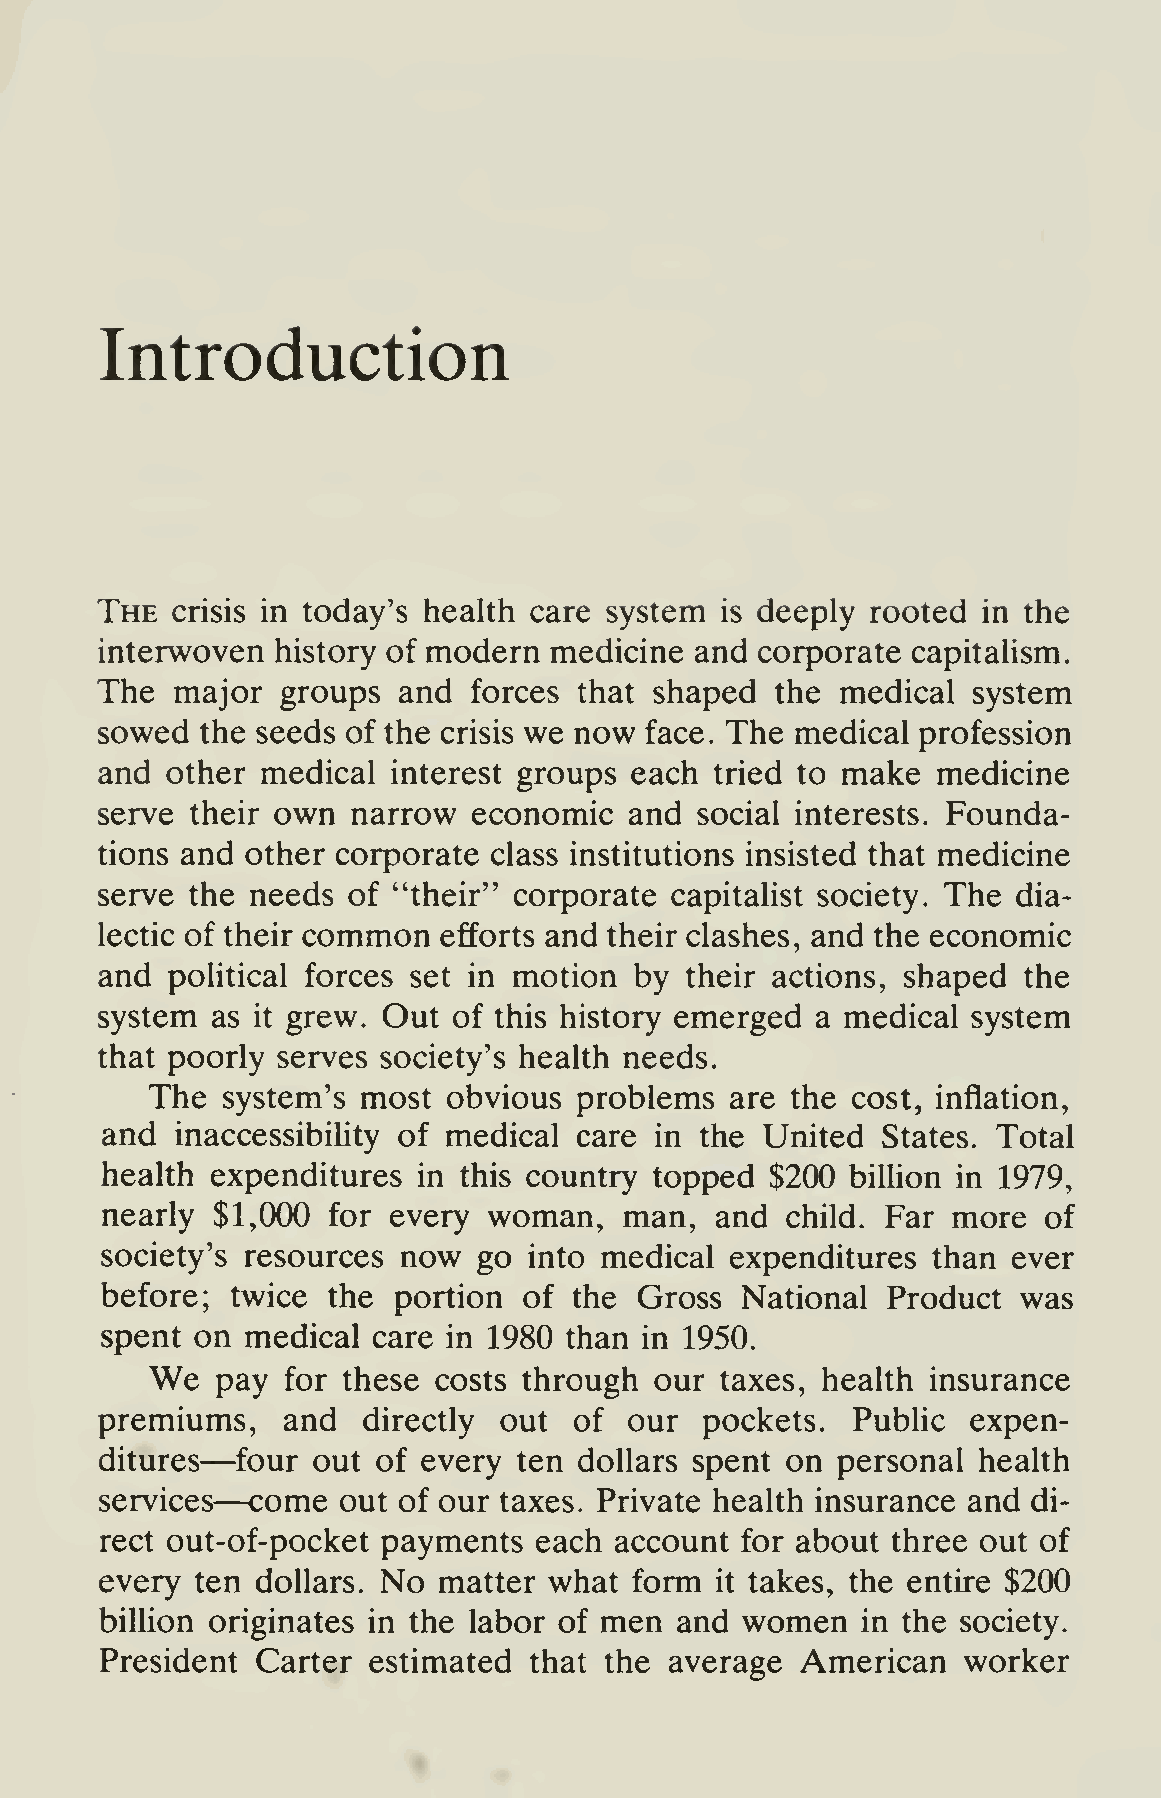
Introduction
 The  crisis in today's health care system is deeply rooted in the
 interwoven history of modern medicine  and corporate capitalism.
 The   major  groups and  forces that shaped  the  medical system
 sowed  the seeds of the crisis we now face. The medical profession
 and other medical  interest groups each tried to make  medicine
 serve  their own narrow  economic   and social interests. Founda-
 tions and other corporate class institutions insisted that medicine
 serve  the needs of "their" corporate capitalist society. The dia-
 lectic of their common efforts and their clashes, and the economic
 and political forces set in motion by their actions, shaped  the
 system  as it grew. Out of this history emerged a medical system
 that poorly serves society's health needs.
 The  system's most  obvious problems  are the cost, inflation,
 and  inaccessibiUty of medical care in the  United States. Total
 health expenditures  in this country topped $200 billion in 1979,
 nearly $1,000  for every woman,   man,  and  child. Far more  of
 society's resources now  go into medical expenditures  than ever
 before; twice  the portion  of the Gross  National  Product  was
 spent on medical  care in 1980 than in 1950.
 We
 pay  for these costs through our  taxes, health insurance
 premiums,   and  directly out  of  our  pockets. Public  expen-
 —
 ditures  four out of every ten dollars spent on personal  health
 —
 services come  out of our taxes. Private health insurance and di-
 rect out-of-pocket payments each  account for about three out of
 every ten dollars. No matter what  form it takes, the entire $200
 billion originates in the labor of men and women  in the society.
 President Carter estimated  that the average  American   worker